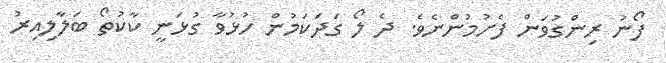
ފޯނު ރިންގުވަން ފެށުމުންނެވެ. ދެ ލޯ ގަދަކަމުން ހުޅުވާ ގުޅަނީ ކާކުތޯ ބަލާލިއިރު